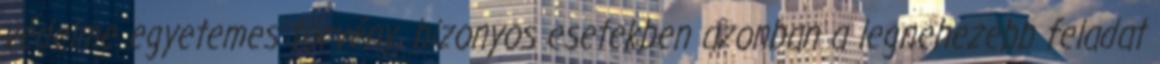
védelme egyetemes törvény, bizonyos esetekben azonban a legnehezebb feladat